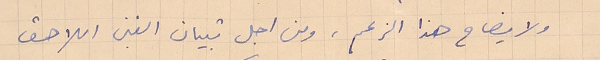
ولا يضاح هذا الزعم، ومن اجل تبيان الغبن اللاحق